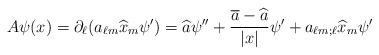
LaTeX: \begin{align*} A \psi(x)=\partial_{\ell}(a_{\ell m}\widehat{x}_{m}\psi') = \widehat{a}\psi''+ \frac{\overline{a}-\widehat{a}}{|x|} \psi' + a_{\ell m;\ell}\widehat{x}_{m}\psi'\end{align*}